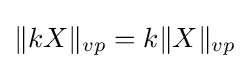
{\textstyle \|kX\|_{vp}=k\|X\|_{vp}}